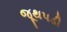
જૂથપડી